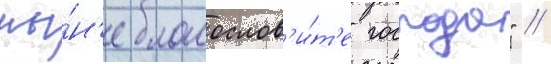
ны́н'е благослов'и́т'е господа" /